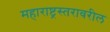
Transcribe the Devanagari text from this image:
महाराष्ट्रस्तरावरील